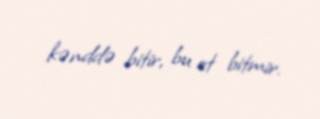
kənddə bitir, bu ot bitmir.